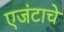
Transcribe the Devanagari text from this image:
एजंटाचे